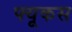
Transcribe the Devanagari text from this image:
फ्यूकस